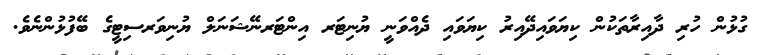
ގުޅުން ހުރި ދާއިރާތަކުން ކިޔަވައިދޭއިރު ކިޔަވައި ދެއްވަނީ ޔުނިޓަރ އިންޓަރނޭޝަނަލް ޔުނިވަރސިޓީގެ ބޭފުޅުންނެވެ.